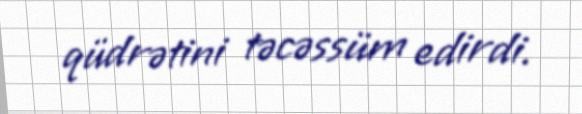
qüdrətini təcəssüm edirdi.